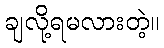
ချလို့ရမလားတဲ့။